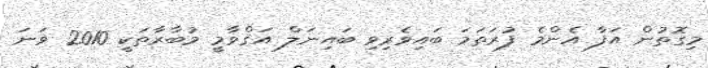
މިގޮތުން އަފާ އެންމެ ފުރަތަމަ ބައިވެރިވި ބައިނަލް އަޤްވާމީ މުބާރާތަކީ 2010 ވަނަ